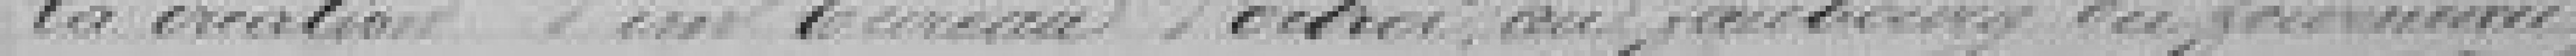
la création d'un bureau d'Octroi au faubourg du fourneau